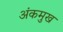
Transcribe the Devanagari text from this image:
अंकमुख